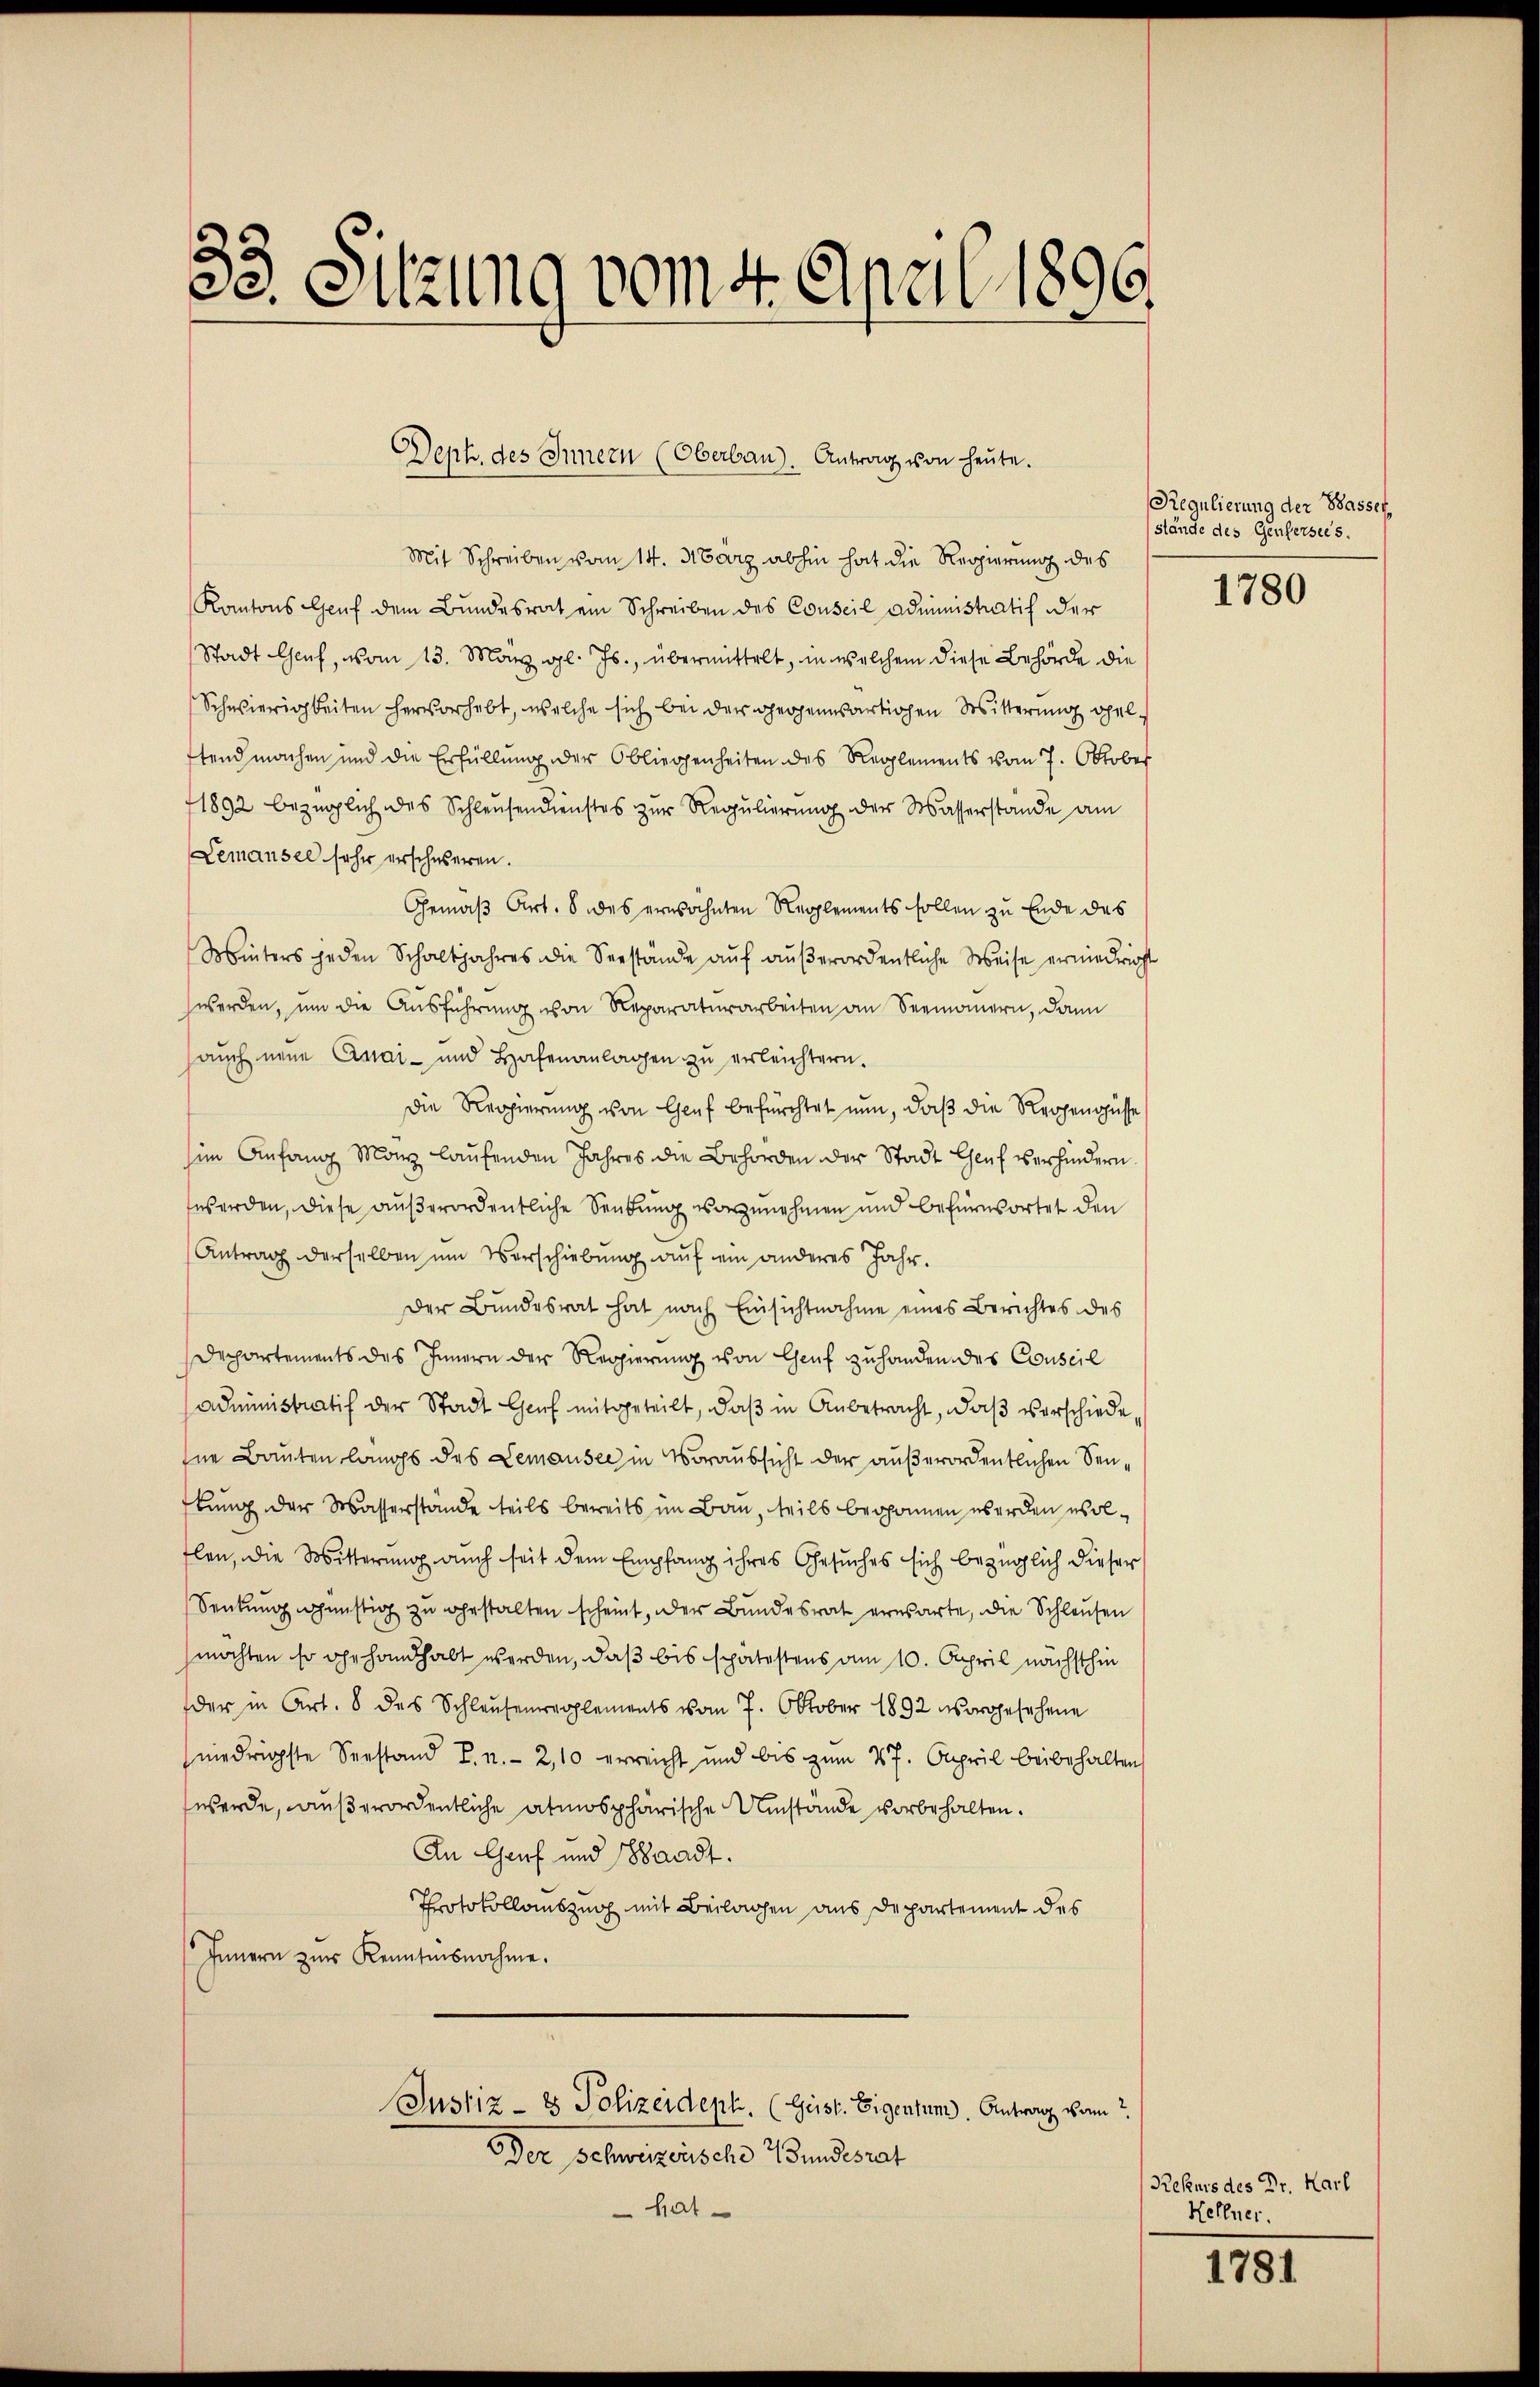
35 Sitzung vom 4. April 1896.

Deph. des Innern (Oberbau. Antrag von heŭte.

Mit Schreiben vom 14. März abhin hat die Regierung des
Kantons auf dem Bundesrat ein Schreiben des Conseil Administratif der
Stadt Genf, vom 13. May gl. Js., übermittelt, in welchem diese Behörde die
Schwierigkeiten hervorhebt, welche sich bei der gegenwärtigen Sitterung ohel
ftend machen und die Erfüllung der Obliegenheiten des Reglements vom 7. Oktober
1892 bezüglich des Schleusendienstes zur Regulierung der Wasserstande am
Lemausel sehr erschweren.
Gemäß Art. 8 des erwähnten Reglements sollen zu Ende des
Winters jeden Schaltjahres die Seestände aŭf aŭβerordentliche Weise erniedrigst
werden, um die Ausführung von Reparaturarbeiten an Seemannern, dann
auch neue Anai- und Hafenanlagen zŭ erleichtern.
Die Regierŭng von Genf befürchtet nun, daβ die Regengüsse
im Anfang Manz laŭfenden Jahres die Behörden der Stadt Genf verhindern
werden, diese außerordentliche Senkung vorzunehmen und befürwortet den
Antrag derselben um Verschiebung auf ein anderes Jahr.
Der Bundesrat hat nach Einsichtnahme eines Berichtes des
Departements des Innern der Regierung von Genf zuhanden des Conseil
Administratif der Stadt Genf mitgeteilt, daβ in Anbetracht, daβ verschiede
hne Bauten langs des Lemausee in Voraussicht der außerordentlichen Senftung der Wasserstande teils bereits im Bau, teils begonnen werden wolflen, die Witterung auch seit dem Empfang ihres Gesuches sich bezüglich dieser
Senkung günstig zu gestalten scheint, oder Bundesrat erwarte, die Schleusen
möchten so ehehandhabt werden, daß bis spätestens am 10. April nächsthin
der in Art. 8 des Schlausenreglements vom 7. Oktober 1892 vorgesehene
niedrigste Seestand T. n. 2, 10 erreicht und bis zŭm 27. April beibehalten,
werde, außerordentliche atmosphärische Umstände vorbehalten.
An Genf und sandt.
Protokollauszug mit Beilagen aus Departement des
Innern zur Kenntnisnahme.
Justiz- & Polizeideph. (Geist. Eigentum. Antrag vom
Der Schweizerische Wundesrat
hat

Regulierung der Basser,
stände des Genfersees.

1780

Rekurs des Dr. Karl
Hellner.

1781